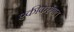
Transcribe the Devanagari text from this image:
एकीकरणात